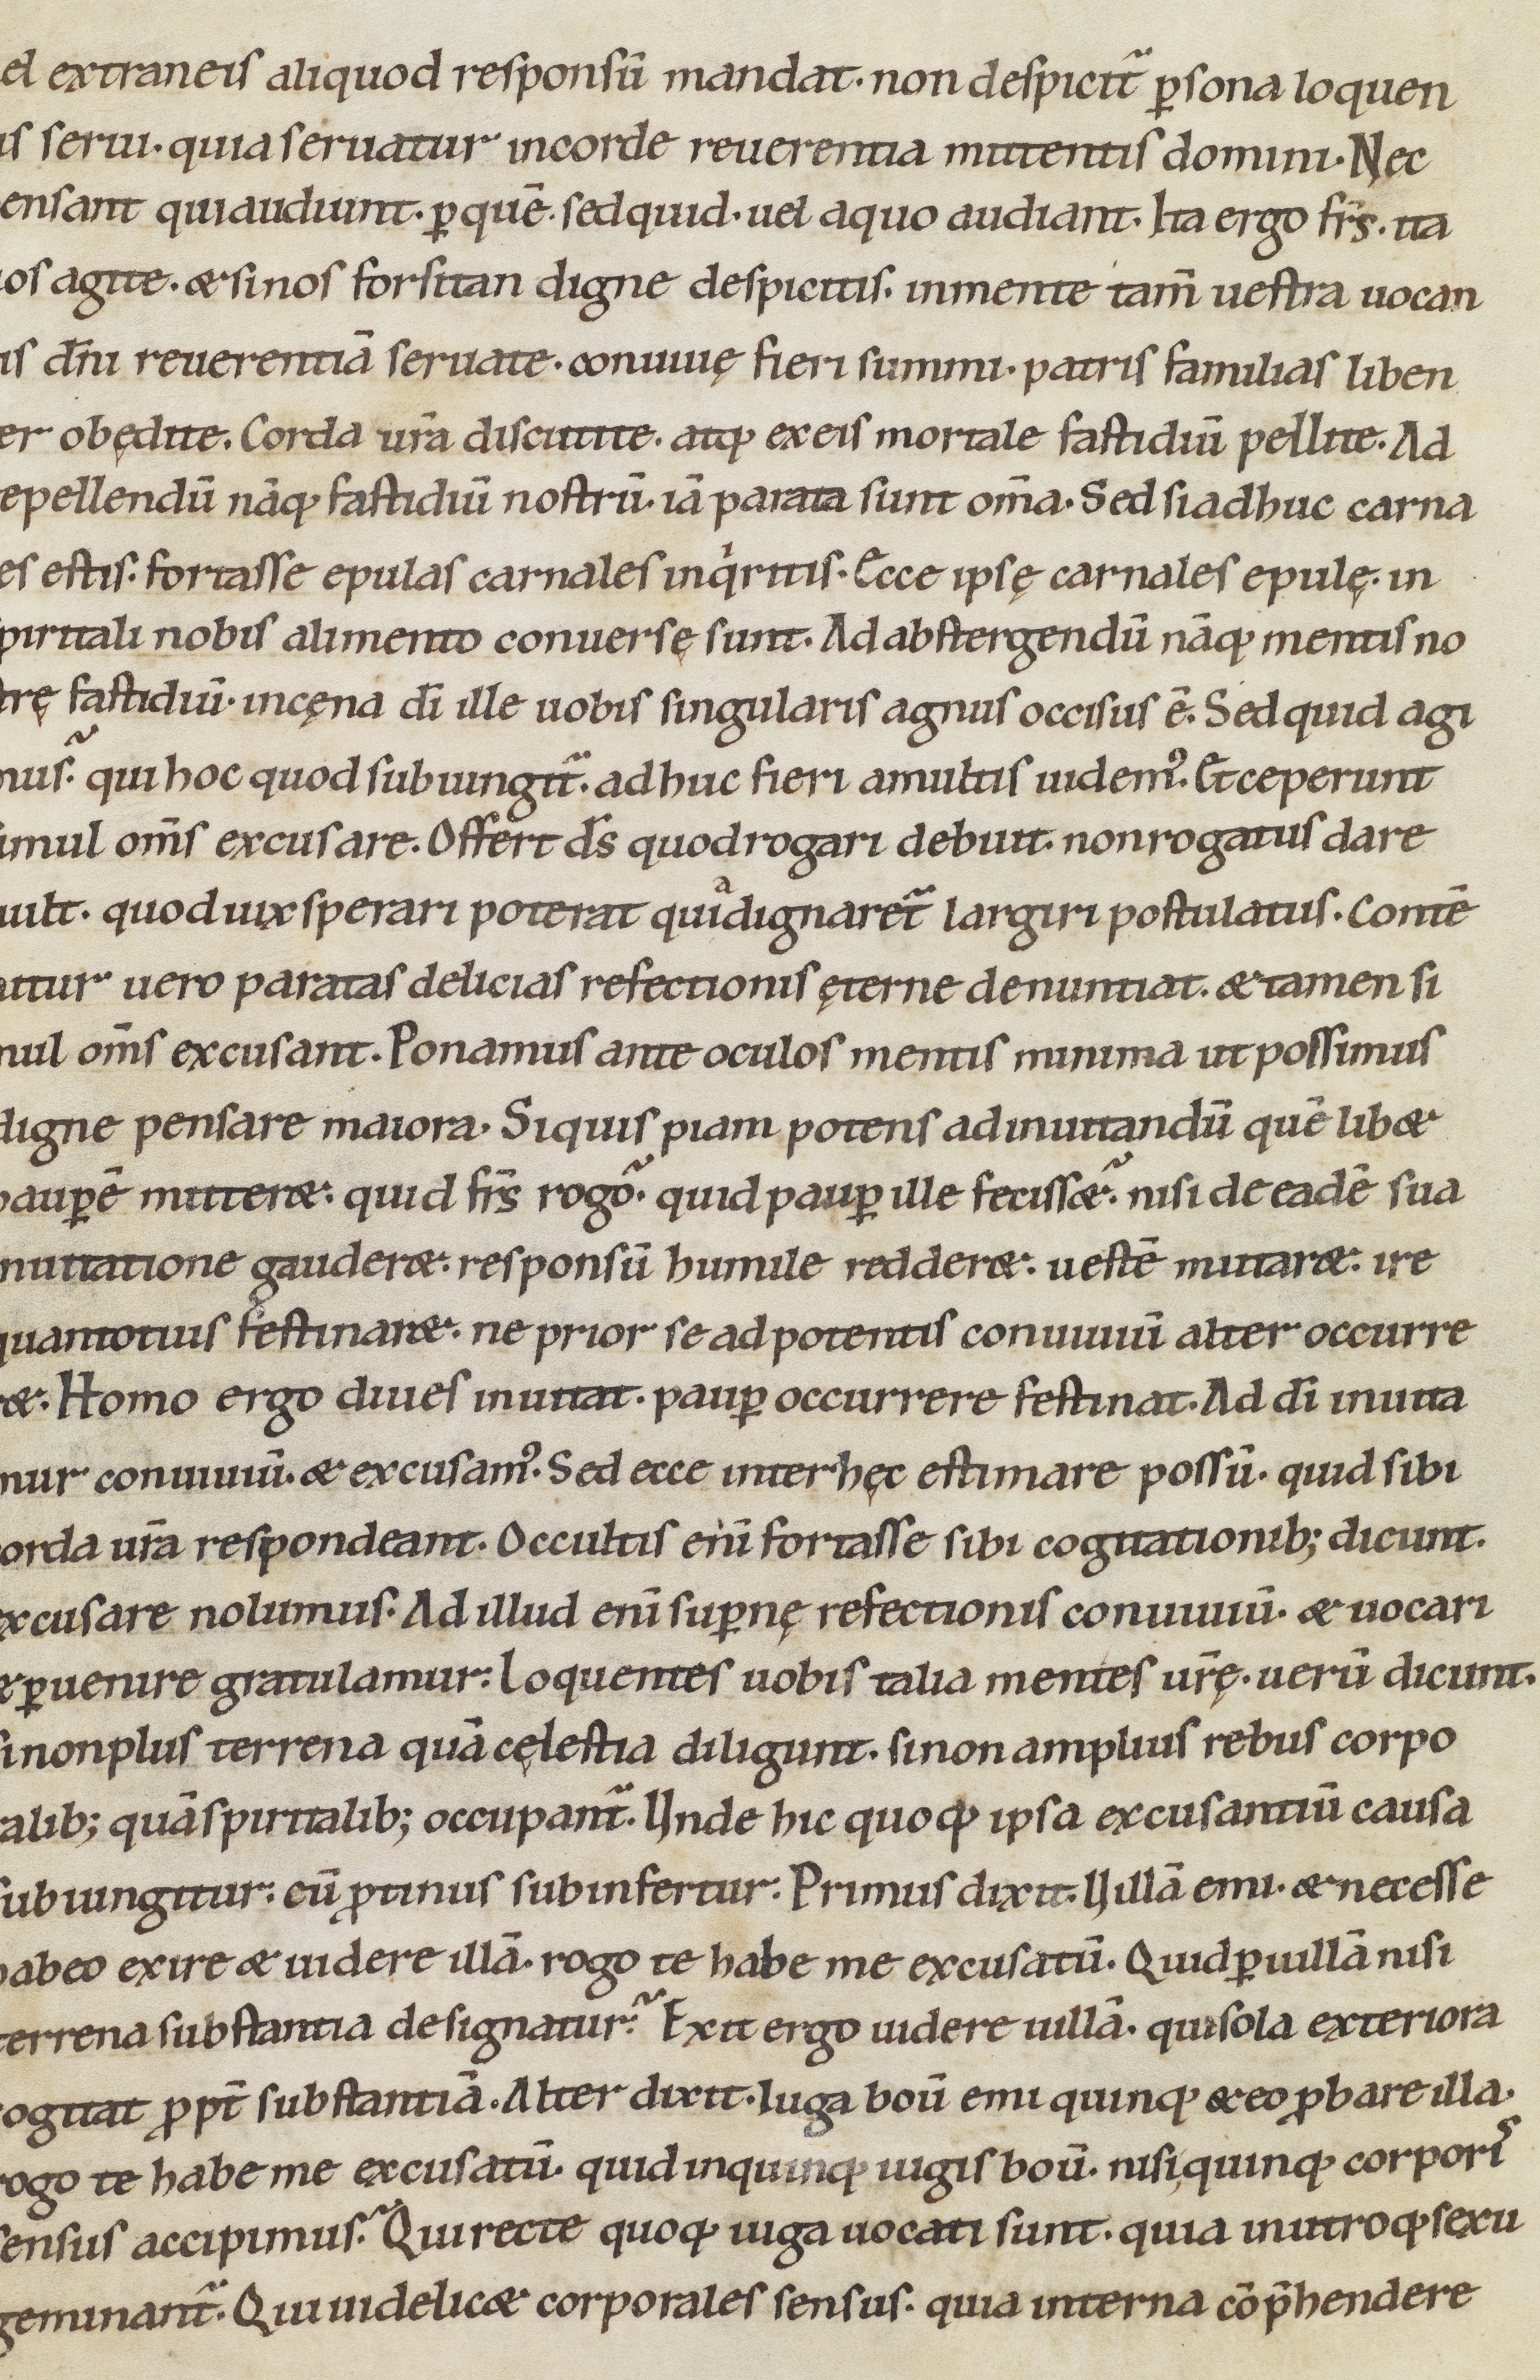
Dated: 1100–1199